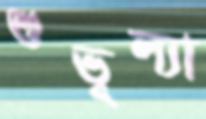
শুভূল্যা